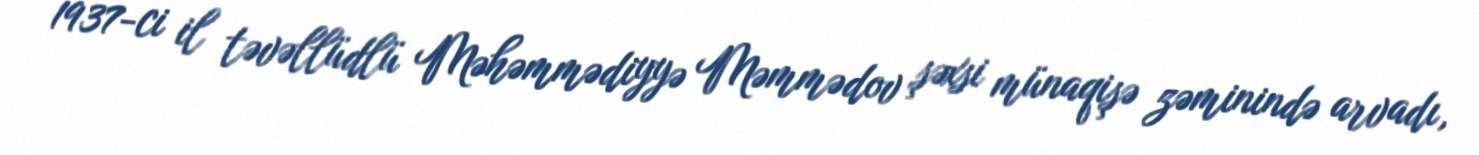
1937-ci il təvəllüdlü Məhəmmədiyyə Məmmədov şəxsi münaqişə zəminində arvadı,